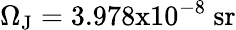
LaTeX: \Omega_{\mathrm{J}}=3.978\mathrm{x}10^{-8}~\mathrm{sr}